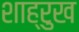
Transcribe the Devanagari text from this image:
शाह्रुख